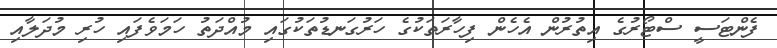
ފެންޓަސީ ސްޓޯރުގެ އިތުރުން އެހެން ފިހާރަތަކުގެ ހަރުގަނޑުތަކުގައި މުއްދަތު ހަމަވެފައި ހުރި މުދަލާއި